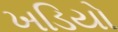
ખડિયો